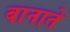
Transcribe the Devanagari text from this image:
बानाते